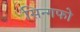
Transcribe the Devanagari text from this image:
सिन्गफो